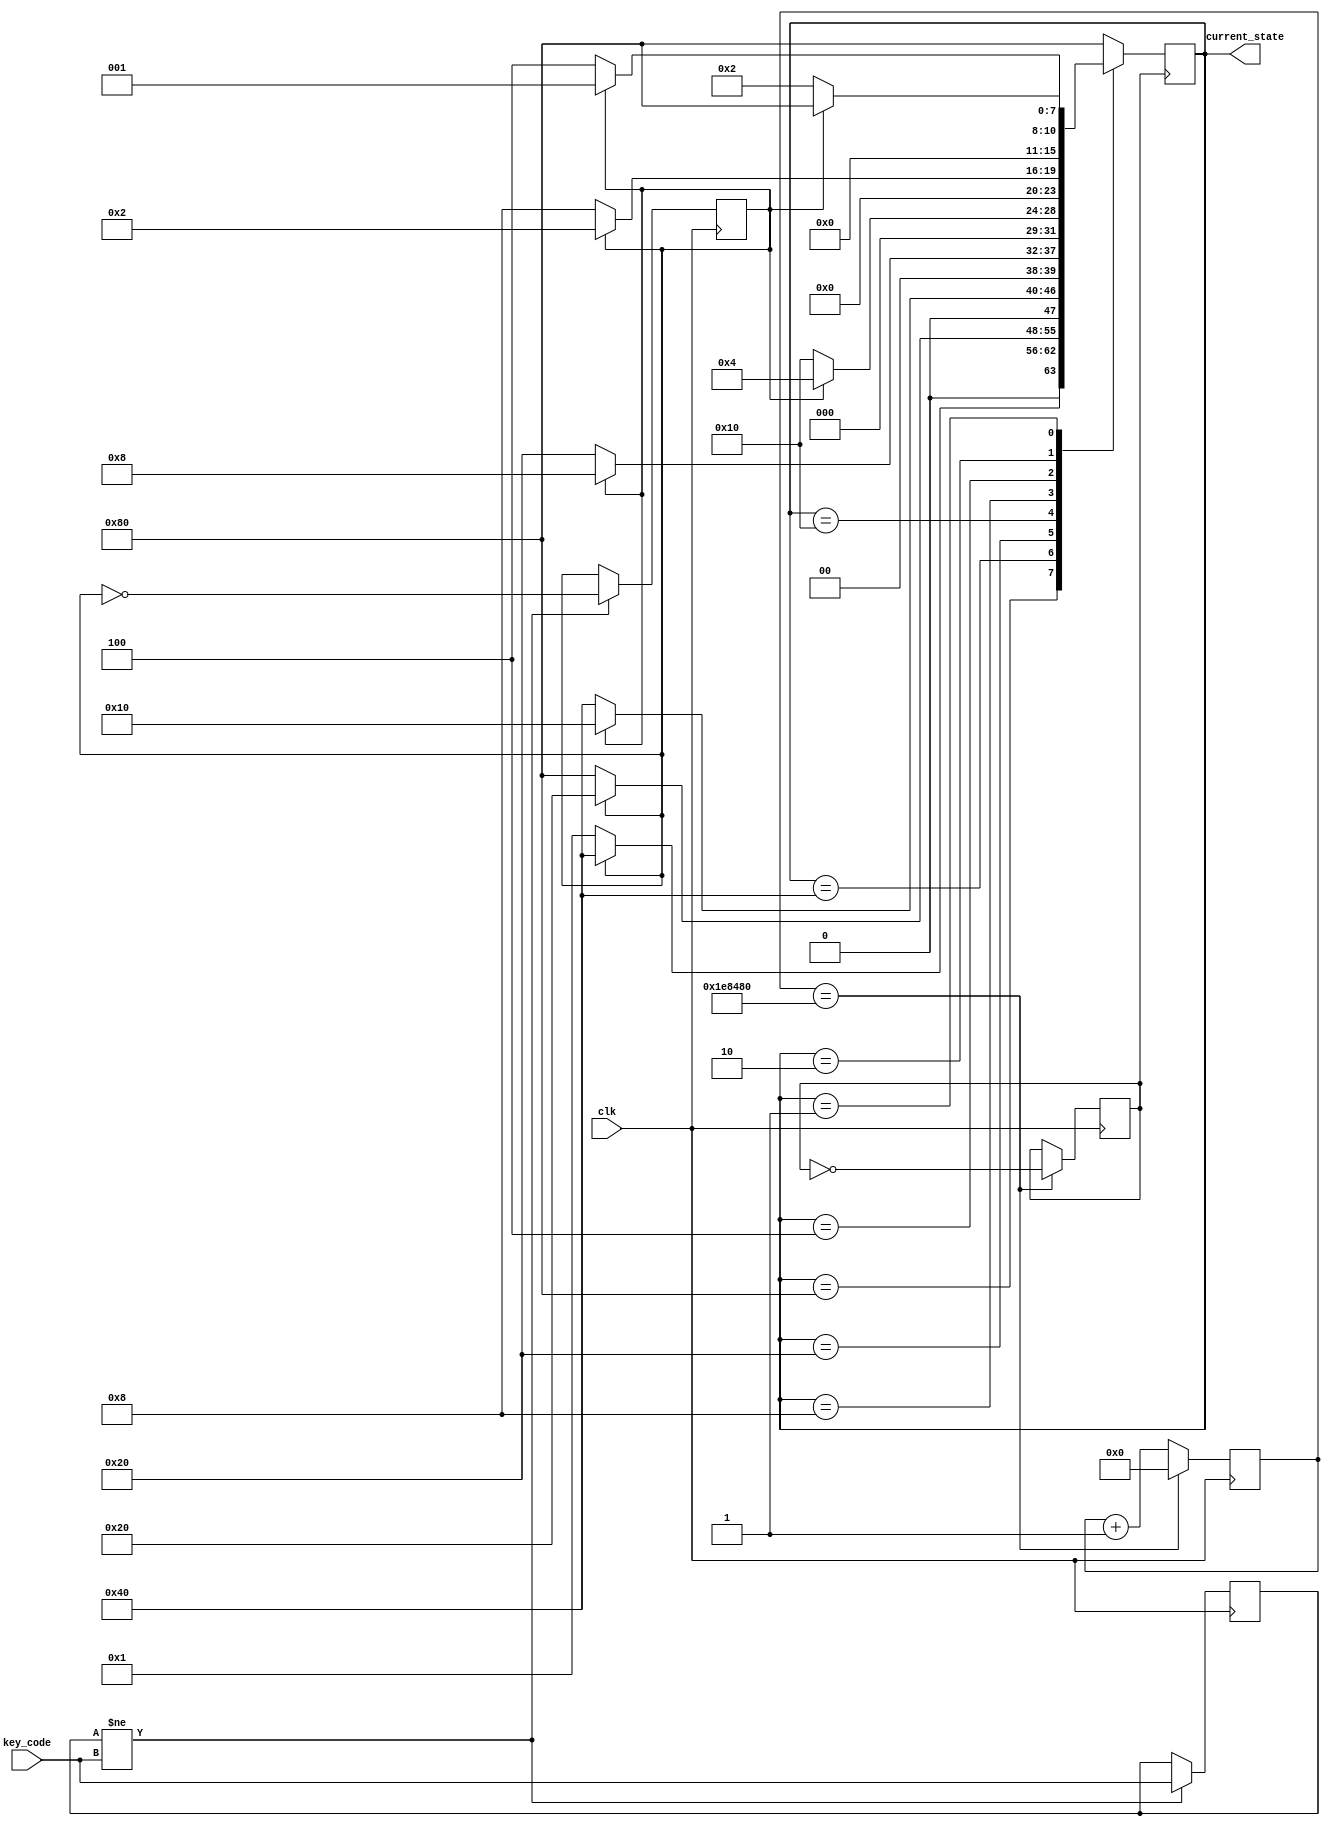
/*88

*/
//
module Run_Horse(
    input clk,
	 input [7:0] key_code,
	 output reg [7:0]current_state
    );
	 reg [7:0]next_state;
	 
	 
	 reg [24:0]count;
	 reg clkdiv;
	 reg mode;
	 reg [7:0]key_code_old;
	 

	 initial  begin
	    current_state=8'b10000000;
		 count<=0;
		 mode<=1;
	 end
	 
	 always@(posedge clk)
	    if(key_code_old!=key_code)
	       begin
			    key_code_old<=key_code;
             mode<=~mode;
			  end
		    
			  
	 //
	 always@(posedge clk)
	    begin
	       if(count==2000000)
	          begin 
				    clkdiv=~clkdiv; 
					 count=0; 
				 end
	       else 
			    begin
	             count=count+1;	 
				 end	 
       end		 
	 
	 always@(posedge clkdiv)
	 current_state<=next_state;
	 
	 always@(current_state,mode)
	    
	       begin
		       case(current_state)
			    8'b10000000:next_state<=mode==1?8'b01000000:8'b00000001;
			    8'b01000000:next_state<=mode==1?8'b00100000:8'b10000000;
			    8'b00100000:next_state<=mode==1?8'b00010000:8'b01000000;
			    8'b00010000:next_state<=mode==1?8'b00001000:8'b00100000;
			    8'b00001000:next_state<=mode==1?8'b00000100:8'b00010000;
			    8'b00000100:next_state<=mode==1?8'b00000010:8'b00001000;
			    8'b00000010:next_state<=mode==1?8'b00000001:8'b00000100;
		   	    8'b00000001:next_state<=mode==1?8'b10000000:8'b00000010;
			    default:next_state<=8'b10000000;
		       endcase
          end		
         

endmodule